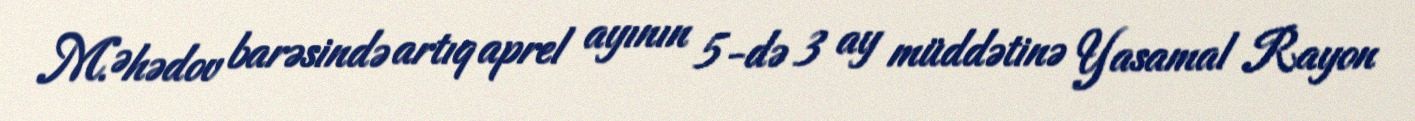
M.Əhədov barəsində artıq aprel ayının 5-də 3 ay müddətinə Yasamal Rayon